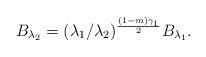
LaTeX: \begin{align*}B_{\lambda_2}=(\lambda_1/\lambda_2)^{\frac{(1-m)\gamma_1}{2}}B_{\lambda_1}.\end{align*}